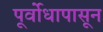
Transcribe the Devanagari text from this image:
पूर्वोधापासून